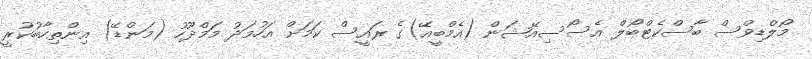
މޯލްޑިވްސް ބާސްކެޓްބޯލް އެސޯސިއޭޝަން (އެމްބީއޭ)ގެ ރައީސް ކަމަށް އަހުމަދު މަމްދޫހު (މަންޑޭ) އިންތިހާބުކުރީ